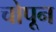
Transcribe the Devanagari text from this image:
चोपून